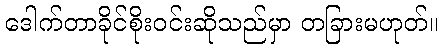
ဒေါက်တာခိုင်စိုးဝင်းဆိုသည်မှာ တခြားမဟုတ်။